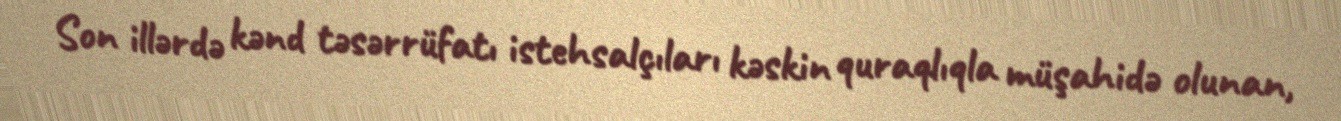
Son illərdə kənd təsərrüfatı istehsalçıları kəskin quraqlıqla müşahidə olunan,